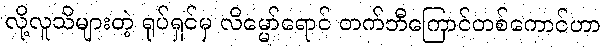
လို့လူသိများတဲ့ ရုပ်ရှင်မှ လိမ္မော်ရောင် တက်ဘီကြောင်တစ်ကောင်ဟာ